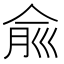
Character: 𠉽